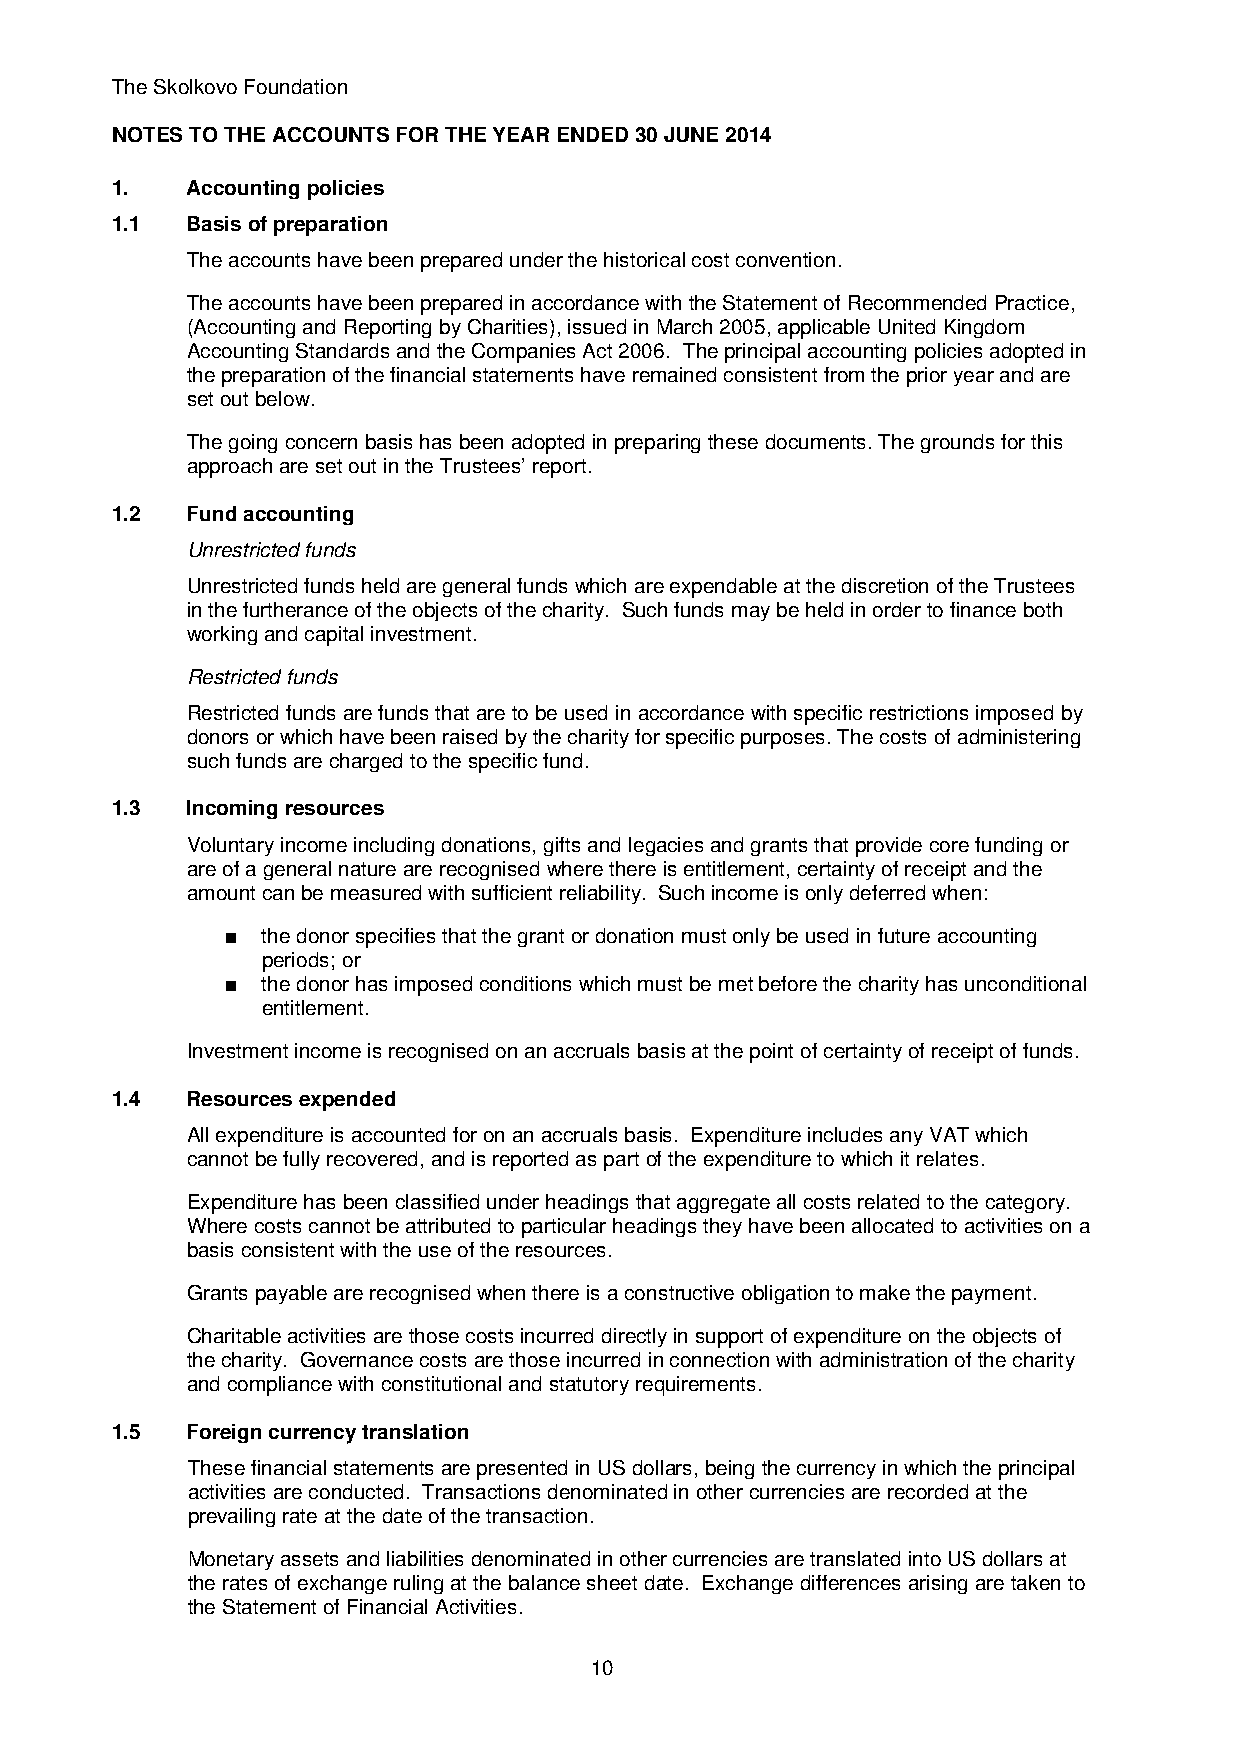
The Skolkovo Foundation
 NOTES TO THE ACCOUNTS FOR THE YEAR ENDED 30 JUNE 2014
 1.   Accounting policies
 1.1  Basis of preparation
 The accounts have been prepared under the historical cost convention.
 The accounts have been prepared in accordance with the Statement of Recommended Practice,
 (Accounting and Reporting by Charities), issued in March 2005, applicable United Kingdom
 Accounting Standards and the Companies Act 2006. The principal accounting policies adopted in
 the preparation of the financial statements have remained consistent from the prior year and are
 set out below.
 The going concern basis has been adopted in preparing these documents. The grounds for this
 approach are set out in the Trustees’ report.
 1.2  Fund accounting
 Unrestricted funds
 Unrestricted funds held are general funds which are expendable at the discretion of the Trustees
 in the furtherance of the objects of the charity. Such funds may be held in order to finance both
 working and capital investment.
 Restricted funds
 Restricted funds are funds that are to be used in accordance with specific restrictions imposed by
 donors or which have been raised by the charity for specific purposes. The costs of administering
 such funds are charged to the specific fund.
 1.3  Incoming resources
 Voluntary income including donations, gifts and legacies and grants that provide core funding or
 are of a general nature are recognised where there is entitlement, certainty of receipt and the
 amount can be measured with sufficient reliability. Such income is only deferred when:
 ■ the donor specifies that the grant or donation must only be used in future accounting
 periods; or
 ■ the donor has imposed conditions which must be met before the charity has unconditional
 entitlement.
 Investment income is recognised on an accruals basis at the point of certainty of receipt of funds.
 1.4  Resources expended
 All expenditure is accounted for on an accruals basis. Expenditure includes any VAT which
 cannot be fully recovered, and is reported as part of the expenditure to which it relates.
 Expenditure has been classified under headings that aggregate all costs related to the category.
 Where costs cannot be attributed to particular headings they have been allocated to activities on a
 basis consistent with the use of the resources.
 Grants payable are recognised when there is a constructive obligation to make the payment.
 Charitable activities are those costs incurred directly in support of expenditure on the objects of
 the charity. Governance costs are those incurred in connection with administration of the charity
 and compliance with constitutional and statutory requirements.
 1.5  Foreign currency translation
 These financial statements are presented in US dollars, being the currency in which the principal
 activities are conducted. Transactions denominated in other currencies are recorded at the
 prevailing rate at the date of the transaction.
 Monetary assets and liabilities denominated in other currencies are translated into US dollars at
 the rates of exchange ruling at the balance sheet date. Exchange differences arising are taken to
 the Statement of Financial Activities.
 10